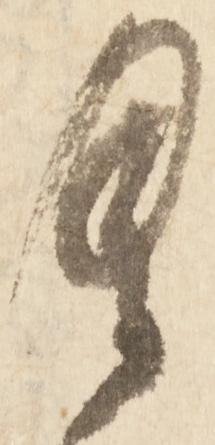
具